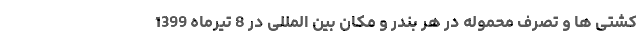
کشتی ها و تصرف محموله در هر بندر و مکان بین المللی در 8 تیرماه 1399